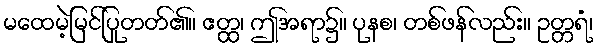
မထေမဲ့မြင်ပြုတတ်၏။ ဧတ္ထ၊ ဤအရာ၌။ ပုနစ၊ တစ်ဖန်လည်း။ ဥတ္တရံ၊